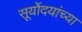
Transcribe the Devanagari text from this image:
सूर्योदयांच्या